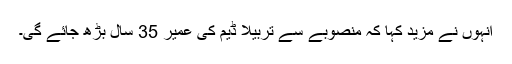
انہوں نے مزید کہا کہ منصوبے سے تربیلا ڈیم کی عمیر 35 سال بڑھ جائے گی۔